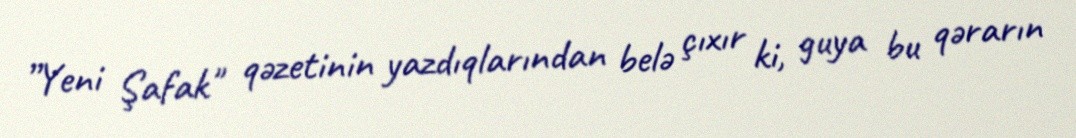
”Yeni Şafak" qəzetinin yazdıqlarından belə çıxır ki, guya bu qərarın